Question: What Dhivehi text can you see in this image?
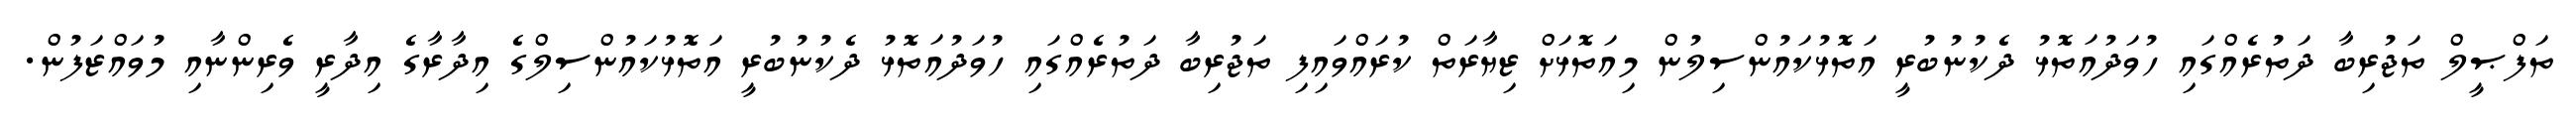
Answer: ތަފްޞީލް ތަޖުރިބާ ދަތުރެއްގައި ހުވަދުއަތޮޅު ދެކުނުބުރީ އަތޮޅުކައުންސިލުން މިއަތޮޅަށް ޒިޔާރަތް ކުރައްވައިފި ތަޖުރިބާ ދަތުރެއްގައި ހުވަދުއަތޮޅު ދެކުނުބުރީ އަތޮޅުކައުންސިލްގެ އިދާރާގެ އިދާރީ ވެރިންނާއި މުވައްޒަފުން.